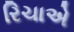
રિચાએ